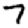
Digit: 7